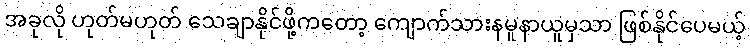
အခုလို ဟုတ်မဟုတ် သေချာနိုင်ဖို့ကတော့ ကျောက်သားနမူနာယူမှသာ ဖြစ်နိုင်ပေမယ့်